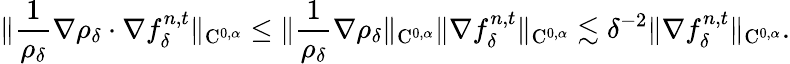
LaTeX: \| \frac{1}{\rho_{\delta}}\nabla\rho_{\delta}\cdot\nabla f_{\delta}^{n,t}\| _{\mathrm{C}^{0,\alpha}}\leq\| \frac{1}{\rho_{\delta}}\nabla\rho_{\delta}\| _{\mathrm{C}^{0,\alpha}}\| \nabla f_{\delta}^{n,t}\| _{\mathrm{C}^{0,\alpha}}\lesssim\delta^{-2}\| \nabla f_{\delta}^{n,t}\| _{\mathrm{C}^{0,\alpha}}.